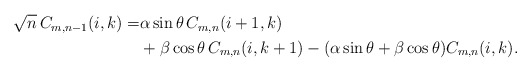
\begin{align*}\begin{aligned}\sqrt{n}\,C_{m,n-1}(i,k)=&\alpha \sin \theta\, C_{m,n}(i+1,k)\\&+\beta \cos \theta\, C_{m,n}(i,k+1)-(\alpha \sin \theta+\beta \cos \theta) C_{m,n}(i,k).\end{aligned}\end{align*}